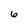
Character: 6